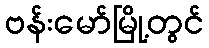
ဗန်းမော်မြို့တွင်